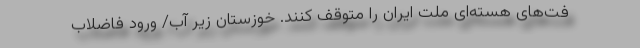
فت‌های هسته‌ای ملت ایران را متوقف کنند. خوزستان زیر آب/ ورود فاضلاب